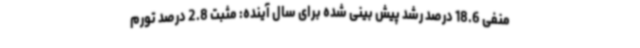
منفی 18.6 درصد رشد پیش بینی شده برای سال آینده: مثبت 2.8 درصد تورم